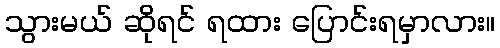
သွားမယ် ဆိုရင် ရထား ပြောင်းရမှာလား။